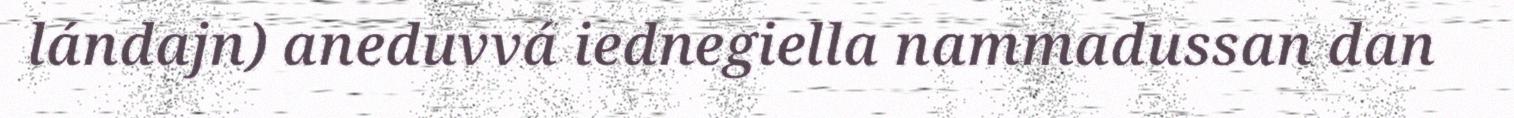
lándajn) aneduvvá iednegiella nammadussan dan